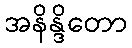
အနိန္ဒိတော